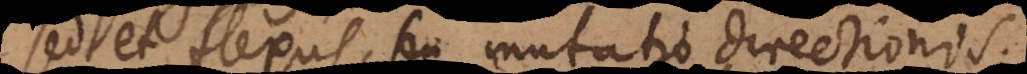
sed et flexus, seu mutatio directionis;